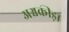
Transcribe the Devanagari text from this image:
अश्वक्रीड़ा